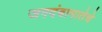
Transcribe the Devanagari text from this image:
जगदंबामातेचे